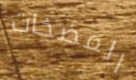
المضخات